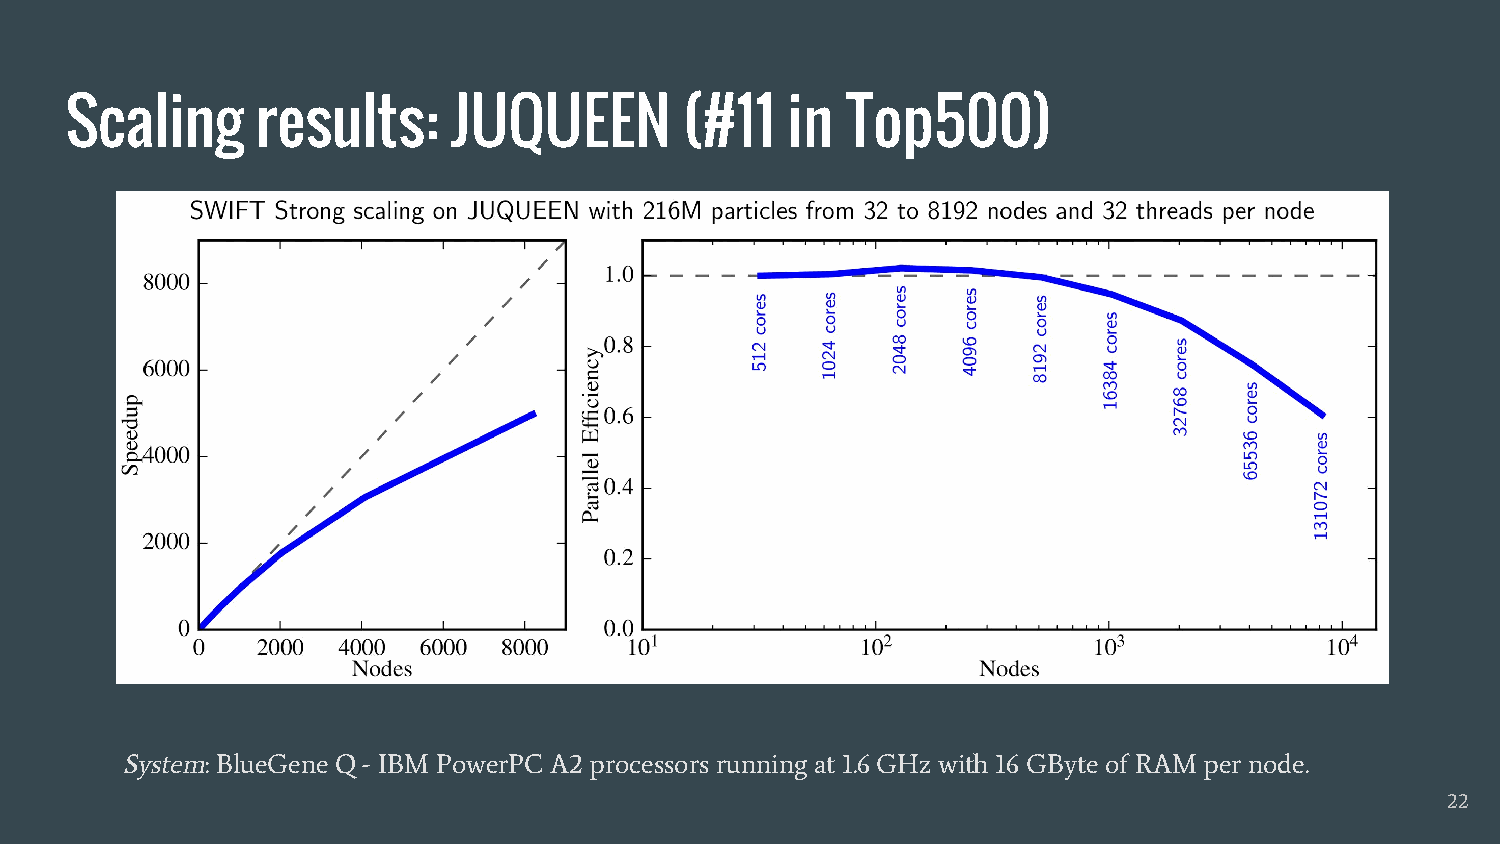
Scaling      results:     JUQUEEN        (#11   in  Top500)
 System: BlueGene Q - IBM PowerPC A2 processors running at 1.6 GHz with 16 GByte of RAM per node.
 22